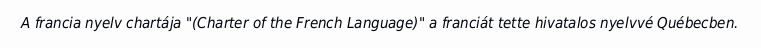
A francia nyelv chartája "(Charter of the French Language)" a franciát tette hivatalos nyelvvé Québecben.